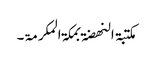
مکتبۃ النھضۃ بمکۃ المکرمۃ۔